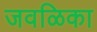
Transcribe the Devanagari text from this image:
जवळिका